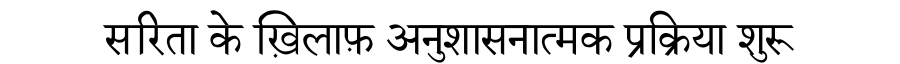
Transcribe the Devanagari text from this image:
सरिता के ख़िलाफ़ अनुशासनात्मक प्रक्रिया शुरू